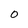
Character: O